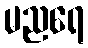
မညရေ